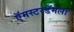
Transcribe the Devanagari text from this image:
ऍमस्टरडॅमला